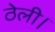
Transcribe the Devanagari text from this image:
ठेली।